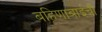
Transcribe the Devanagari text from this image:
बहिणाबाईची